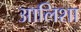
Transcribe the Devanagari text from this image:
आलिशा